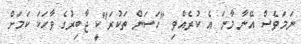
ނަމަވެސް އޭނާ މާނަ އެ ކުރެއްވި "ހަސަން ތަކުރަ"ކީ ޖާބިރުގެ ވާހަކަ ކަމަށް